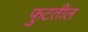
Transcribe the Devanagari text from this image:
फुटतील